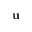
{ \mathbf u }